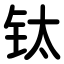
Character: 钛